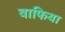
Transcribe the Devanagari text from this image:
वाफिया